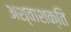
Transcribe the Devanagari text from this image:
अश्वाशक्ति